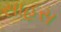
સાહસ